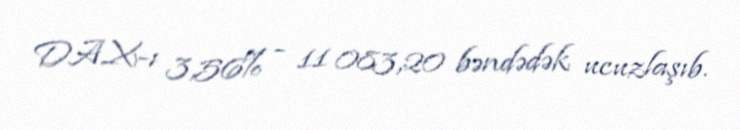
DAX-ı 3,56% - 11 083,20 bəndədək ucuzlaşıb.